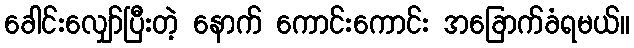
ခေါင်းလျှော်ပြီးတဲ့ နောက် ကောင်းကောင်း အခြောက်ခံရမယ်။